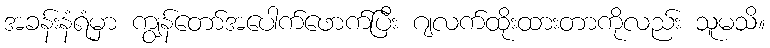
အခန်းနံရံမှာ ကျွန်တော်အပေါက်ဖောက်ပြီး ဂျလက်ထိုးထားတာကိုလည်း သူမသိ။